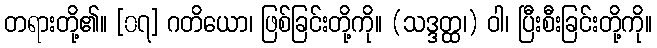
တရားတို့၏။ [၀၇] ဂတိယော၊ ဖြစ်ခြင်းတို့ကို။ (သဒ္ဒတ္ထ၊) ဝါ၊ ပြီးစီးခြင်းတို့ကို။